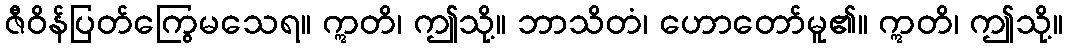
ဇီဝိန်ပြတ်ကြွေမသေရ။ ဣတိ၊ ဤသို့။ ဘာသိတံ၊ ဟောတော်မူ၏။ ဣတိ၊ ဤသို့။